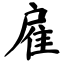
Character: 雇